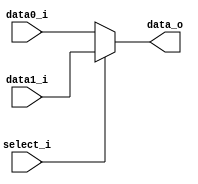
//--------------------------------------------------------------------------------
//Version:     1
//--------------------------------------------------------------------------------
//Writer:      Tzu-teng Weng
//----------------------------------------------
//----------------------------------------------
//Description:  select data1 as output if select_i==1 else select data0 as output
//--------------------------------------------------------------------------------
     
module MUX_2to1(
               data0_i,
               data1_i,
               select_i,
               data_o
               );

parameter size = 0;			   
			
//I/O ports               
input   [size-1:0] data0_i;          
input   [size-1:0] data1_i;
input              select_i;
output  [size-1:0] data_o; 

//Internal Signals
wire     [size-1:0] data_o;  //Register is illegal in left-hand side of continuous assignment
//about continuous assignment, see: http://web.mit.edu/6.111/www/f2017/handouts/L03_4.pdf for more details
//Main function
assign data_o= (select_i)?data1_i:data0_i;

endmodule